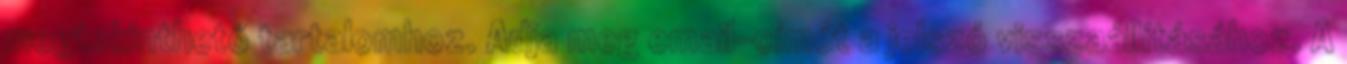
megtekinthető tartalomhoz. Adja meg email-címét a jelszó visszaállításához. A